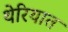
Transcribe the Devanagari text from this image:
थेरियात